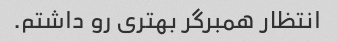
انتظار همبرگر بهتری رو داشتم.